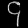
Digit: ၄